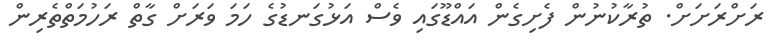
ރަށްރަށަށް. ތުރާކުނުން ފެށިގެން އައްޑޫގައި ވެސް އަޅުގަނޑުގެ ހަމަ ވަރަށް ގާތް ރަހުމަތްތެރިން